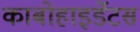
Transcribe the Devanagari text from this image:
काबोहाइर्डेटस